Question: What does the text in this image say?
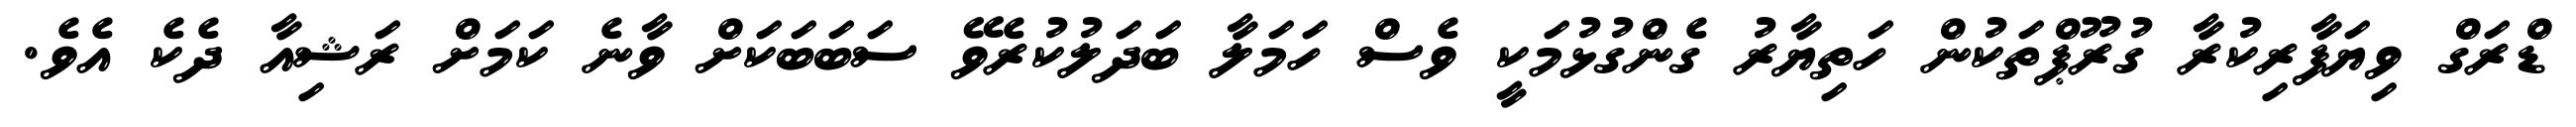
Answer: ޑްރަގް ވިޔަފާރިކުރާ ގުރޫޕްތަކުން ހަތިޔާރު ގެންގުޅުމަކީ ވެސް ހަމަލާ ބަދަލުކުރެވޭ ސަބަބަކަށް ވާނެ ކަމަށް ރަޝިއާ ދެކެ އެވެ.